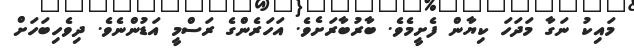
މައިކު ނަގާ މަދަހަ ކިޔާން ފެށީމެވެ. ބާރުބާރަށެވެ. އަހަރެންގެ ރަސްމީ އަޑުންނެވެ. ދިވެހިބަހަށް